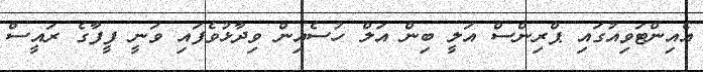
އެއިންޓަވިއުގައި ޕްރިންސް އަލީ ބިން އަލް ހުސެއިން ވިދާޅުވެފައި ވަނީ ފީފާގެ ރައީސް